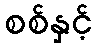
စစ်နှင့်